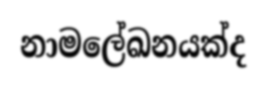
නාමලේඛනයක්ද